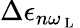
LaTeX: \Delta\epsilon_{n\omega_{\mathrm{~L~}}}